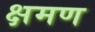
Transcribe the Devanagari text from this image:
क्षमण